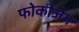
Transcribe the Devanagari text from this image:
फोकोजेम